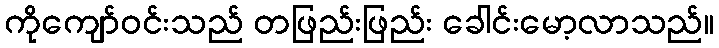
ကိုကျော်ဝင်းသည် တဖြည်းဖြည်း ခေါင်းမော့လာသည်။